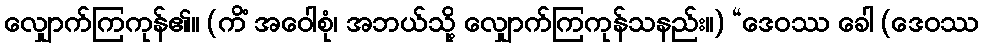
လျှောက်ကြကုန်၏။ (ကိံ အဝေါစုံ၊ အဘယ်သို့ လျှောက်ကြကုန်သနည်း။) “ဒေဝဿ ခေါ (ဒေဝဿ